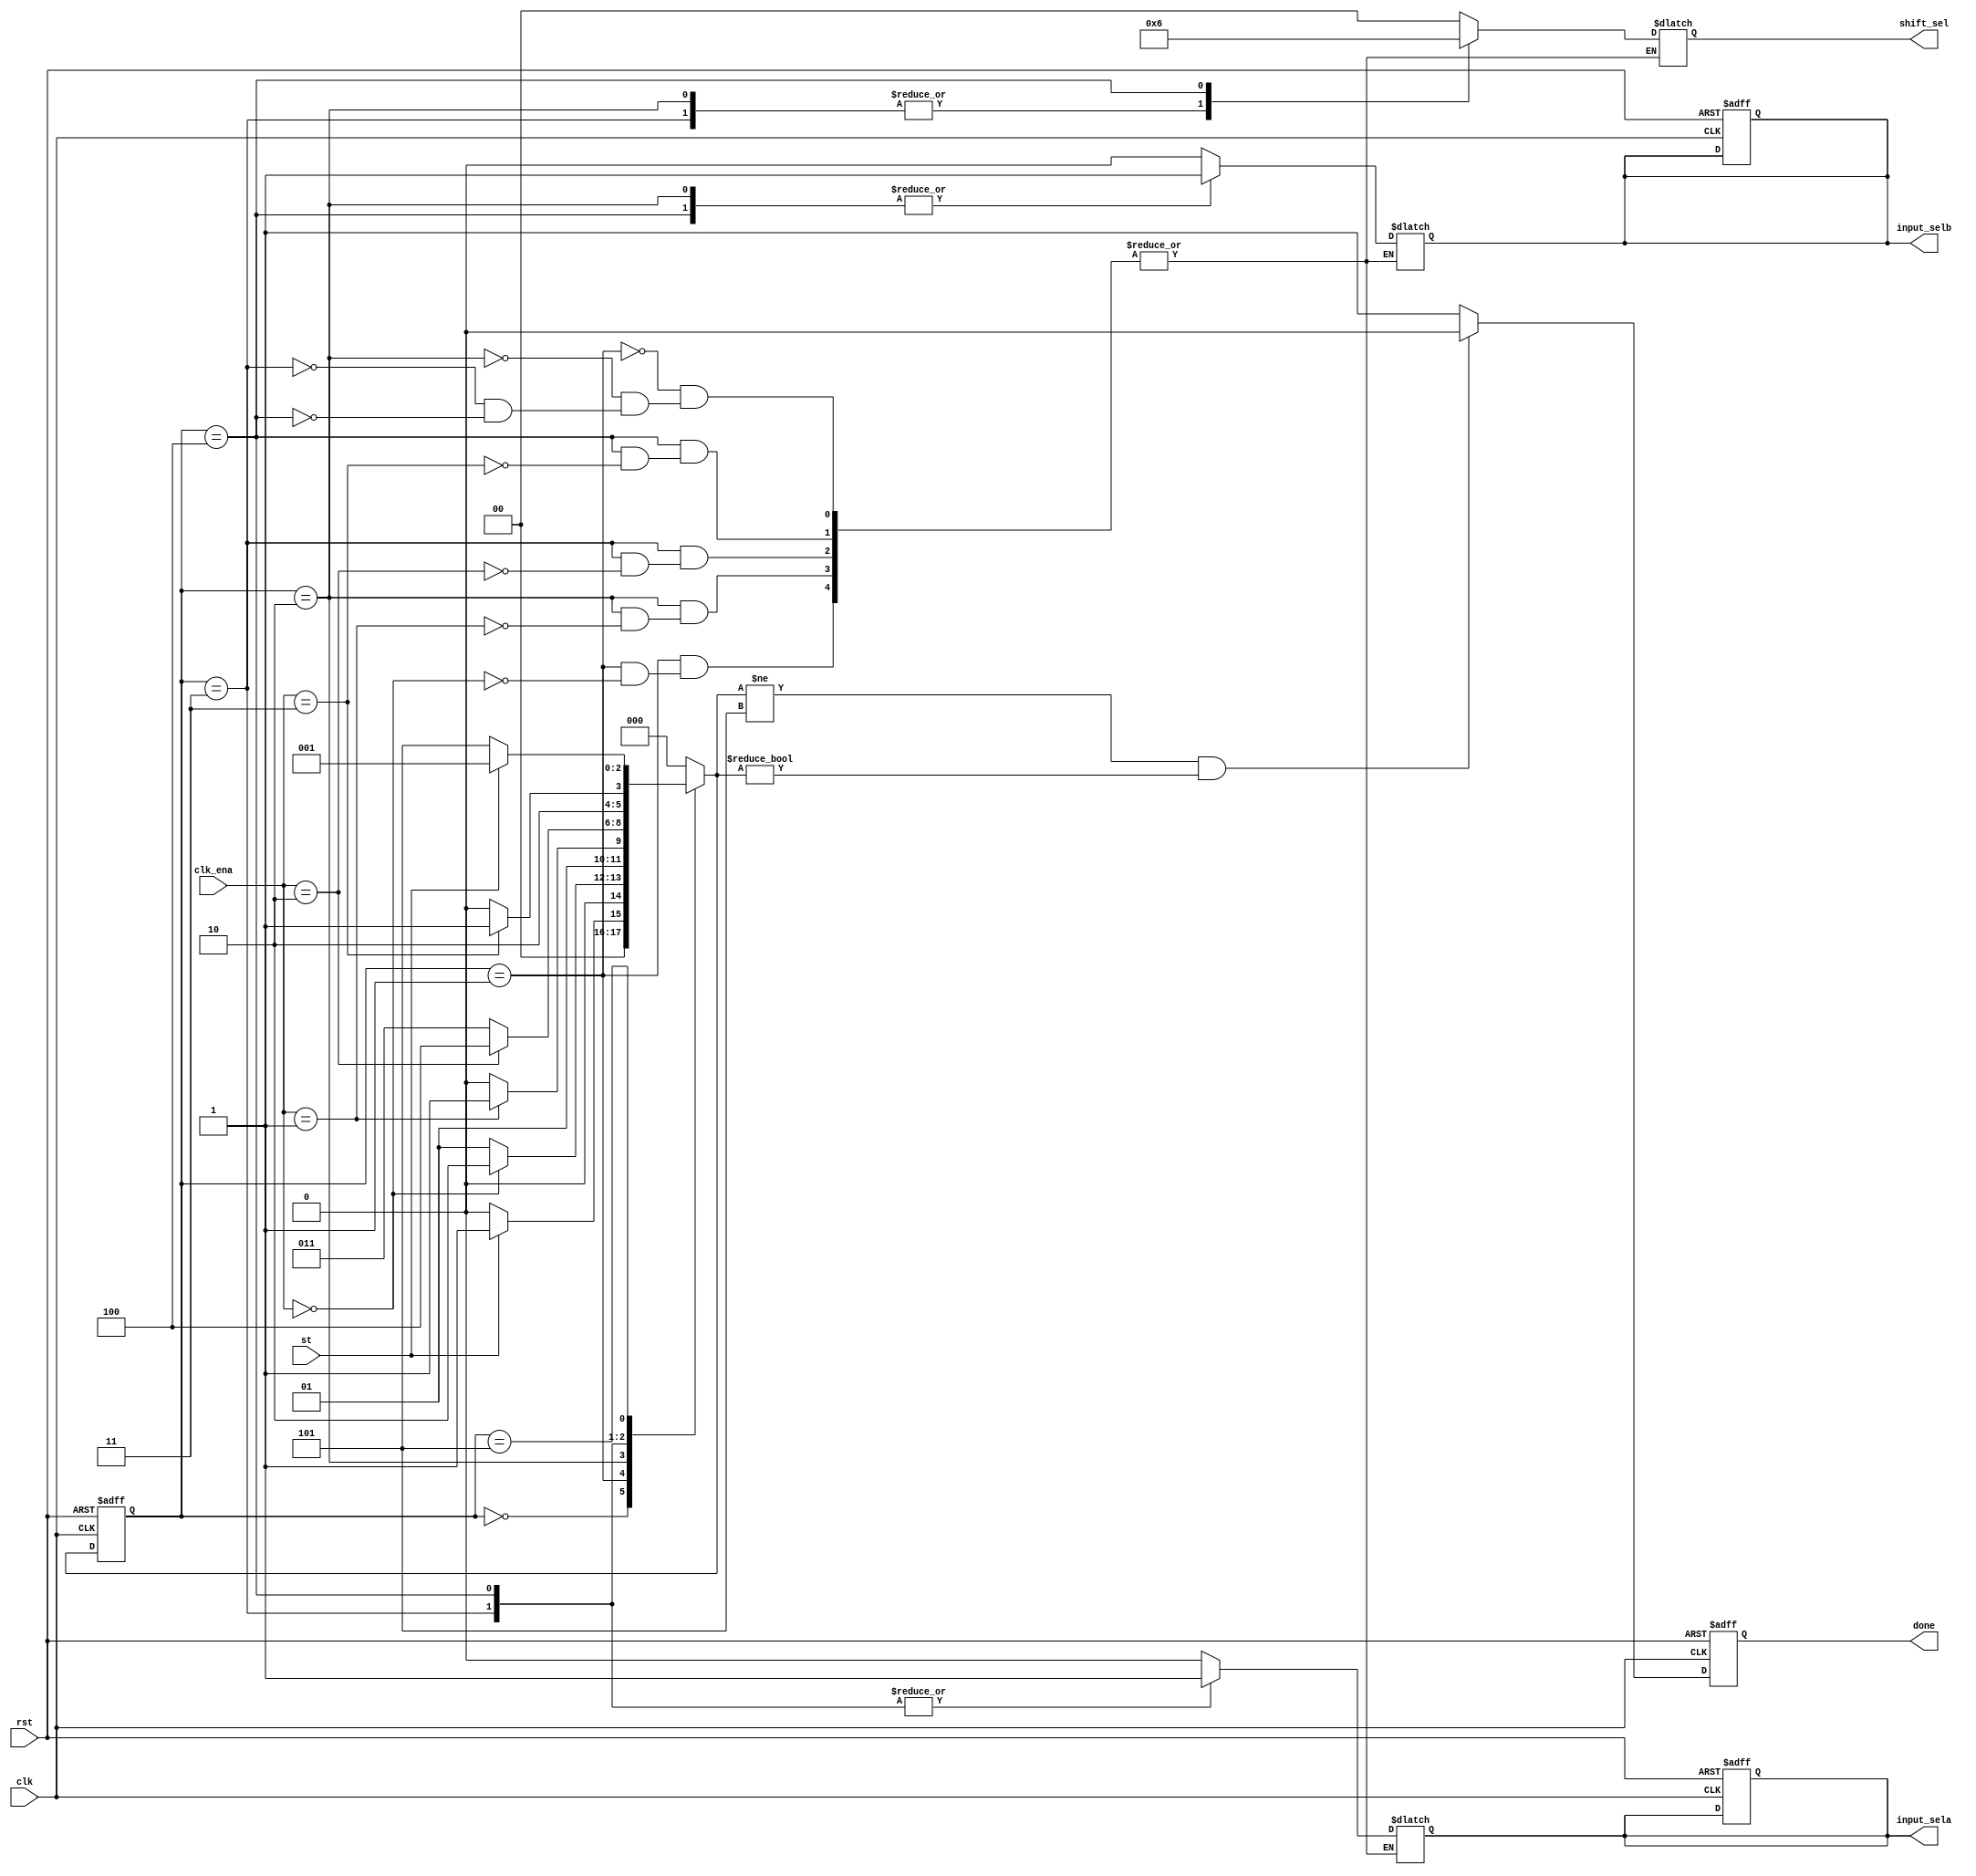
`timescale 1ns / 1ns
//////////////////////////////////////////////////////////////////////////////////
// Company: 
// Engineer: 
// 
// Design Name: 
// Module Name: control
// Project Name: 
// Target Devices: 
// Tool Versions: 
// Description: 
// 
// Dependencies: 
// 
// Revision:
// Revision 0.01 - File Created
// Additional Comments:
// 
//////////////////////////////////////////////////////////////////////////////////


module control
#(parameter idle=3'd0,s1=3'd1,s2=3'd2,s3=3'd3,s4=3'd4,s5=3'd5)
(
 output reg input_sela,input_selb,done,
 output reg [1:0] shift_sel, 
 input clk,rst,st,
 input [2:0] clk_ena
    );
reg [2:0] count;
reg [2:0] next_count;

always @ (posedge clk or negedge rst)
 begin
  if(rst==1'b0)
   begin
   count <= idle;
   input_sela <= 1'b0;
   input_selb <= 1'b0;
   done <= 1'b1;                            // 'done' sig should update in FF procedure not in combinational block   
   end
  else
   begin                                    //'start' sig is a signal just for jumping next s1 state
   count <= next_count;
	if(next_count!=s5 && next_count!=idle)    //
	done <= 1'b0;
	else
	done <= 1'b1;      
   end
 end

always @ (*)
  begin
   case(count)

   idle: if(st==1)
          begin
          next_count = s1;
   
          end
         else
          begin
          next_count = idle;
          end
   s1:   if(clk_ena==3'd0)
         begin
          input_sela = 1'b0;
          input_selb = 1'b0;
          shift_sel = 2'b00;
        
          next_count = s2;
         end
         else
          next_count = s1;
   s2:   if(clk_ena==3'd1)
         begin
          input_sela = 1'b0;
          input_selb = 1'b1;
          shift_sel = 2'b01;
         
          next_count = s3;
         end
         else
         next_count = s2;
   s3:   if(clk_ena==3'd2)
         begin
          input_sela = 1'b1;
          input_selb = 1'b0;
          shift_sel = 2'b01;
         
          next_count = s4;
         end
         else
          next_count = s3;
   s4:   if(clk_ena==3'd3)
         begin
          input_sela = 1'b1;
          input_selb = 1'b1;
          shift_sel = 2'b10;
          
          next_count = s5;
         end
         else
          next_count = s4;
   s5:   if(st==1)
          begin
          next_count = s1; 
          end
         else
          begin
          next_count = s5;
		   end
   default: next_count = idle;       
   endcase
  end



endmodule